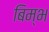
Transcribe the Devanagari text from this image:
बिम्भ